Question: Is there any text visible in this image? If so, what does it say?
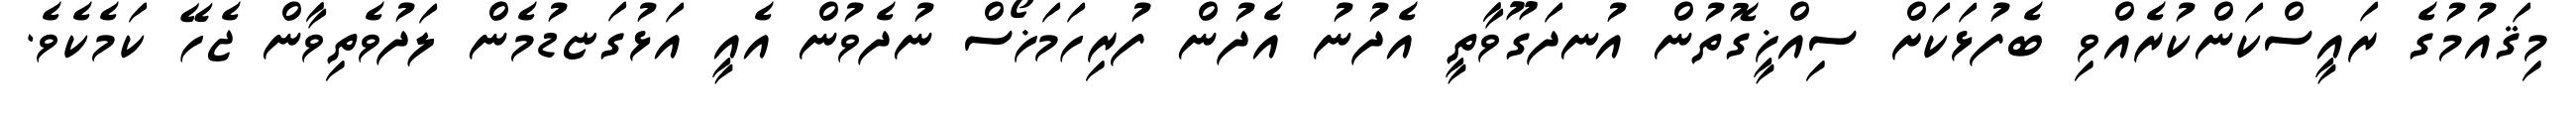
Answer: މިޤައުމުގެ ރައީސްކަންކުރެއްވި ބެފުޅަކަށް ސިއްޚީގޮތުން އުނދަގޫވާތީ އެދުނު އެދުން ފުރިހަމަޚޯސް ނުދެވުން އެއީ އަޅުގަޏޑުމެން ލަދުވެތިވާން ޖެހޭ ކަމެކެވެ.